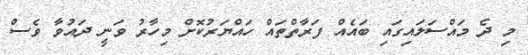
މި ދެ މައްސަލައިގައި ބައެއް ފަރާތްތައް ހައްޔަރުކޮށް މިހާރު ވަނީ ދައުވާ ވެސް